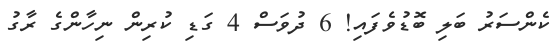
ކެންސަރު ބަލި ބޮޑުވެފައި! 6 ދުވަސް 4 ގަޑި ކުރިން ނިހާންގެ ރާގު